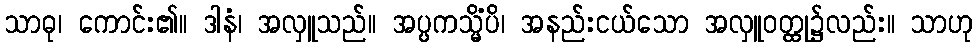
သာဓု၊ ကောင်း၏။ ဒါနံ၊ အလှူသည်။ အပ္ပကသ္မိံပိ၊ အနည်းငယ်သော အလှူဝတ္ထု၌လည်း။ သာဟု